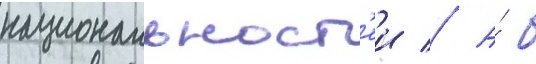
национальност'еи // А́ б